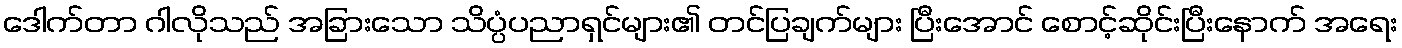
ဒေါက်တာ ဂါလိုသည် အခြားသော သိပ္ပံပညာရှင်များ၏ တင်ပြချက်များ ပြီးအောင် စောင့်ဆိုင်းပြီးနောက် အရေး